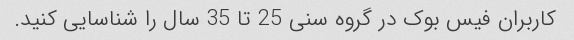
کاربران فیس بوک در گروه سنی 25 تا 35 سال را شناسایی کنید.